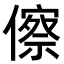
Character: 𬿺